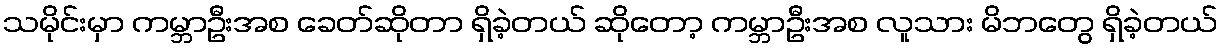
သမိုင်းမှာ ကမ္ဘာဦးအစ ခေတ်ဆိုတာ ရှိခဲ့တယ် ဆိုတော့ ကမ္ဘာဦးအစ လူသား မိဘတွေ ရှိခဲ့တယ်